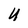
Character: U